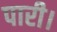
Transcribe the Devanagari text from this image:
पारी।